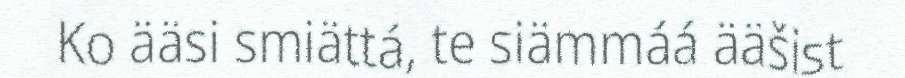
Ko ääsi smiättá, te siämmáá ääšist